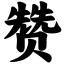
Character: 赞